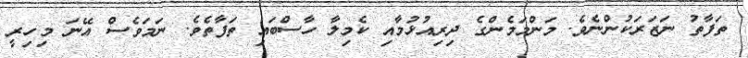
ތަފާތު ނަޒަރަކުންނެވެ. މަންމަމެންގެ ދިރިއުޅުމާއި ކެމިލާ ހާސްބައި ތަފާތެވެ. ނަމަވެސް އޭނަ މިހިރީ